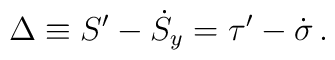
\Delta \equiv S' - \dot{S}_y = \tau' - \dot\sigma \,.